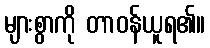
များစွာကို တာဝန်ယူရ၏။